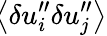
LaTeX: \! \left\langle{\delta u_{i}^{\prime\prime}\delta u_{j}^{\prime\prime}}\right\rangle